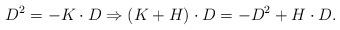
LaTeX: \begin{align*}D^2=-K\cdot D\Rightarrow (K+H)\cdot D=-D^2+H\cdot D.\end{align*}